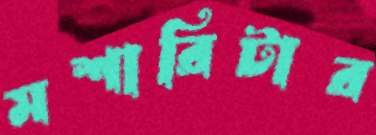
মশারিটার